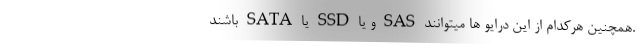
.همچنین هرکدام از این درایو ها میتوانند SAS و یا SSD یا SATA باشند